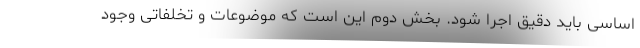
اساسی باید دقیق اجرا شود. بخش دوم این است که موضوعات و تخلفاتی وجود